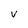
Character: V